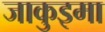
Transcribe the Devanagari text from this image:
जाकुइमा